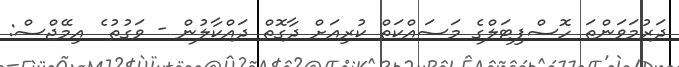
ދަރުމަވަންތަ ހޮސްޕިޓަލްގެ މަސައްކަތް ކުރިއަށް ދާގޮތް ދައްކާލުން - ވަގުތު ެ އިމޭޖްސް: